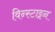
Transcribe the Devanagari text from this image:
विन्स्टाइन